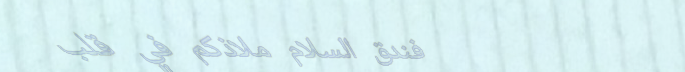
فندق السلام ملاذكم في قلب